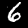
Digit: 6